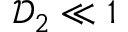
\mathcal { D } _ { 2 } \ll 1